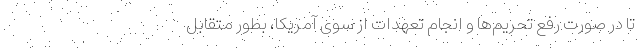
تا در صورت رفع تحریم‌ها و انجام تعهدات از سوی آمریکا، بطور متقابل